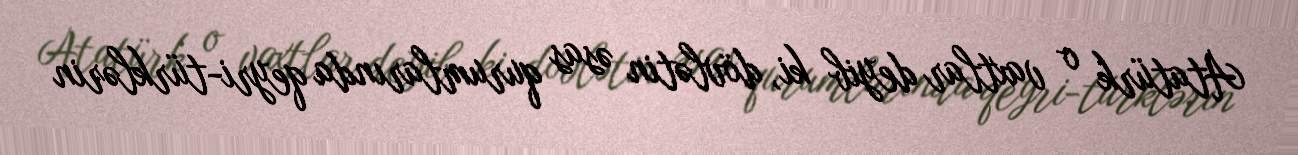
Atatürk o vaxtlar deyib ki, dövlətin əsas qurumlarında qeyri-türklərin